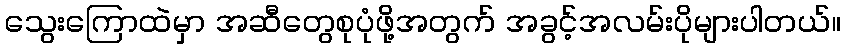
သွေးကြောထဲမှာ အဆီတွေစုပုံဖို့အတွက် အခွင့်အလမ်းပိုများပါတယ်။